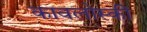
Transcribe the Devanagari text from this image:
कावलोस्की